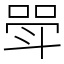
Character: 斝